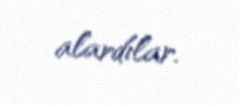
alardılar.